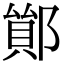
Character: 𨝤